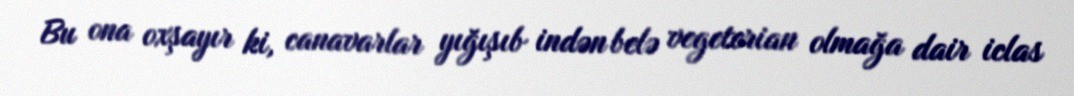
Bu ona oxşayır ki, canavarlar yığışıb indən belə vegeterian olmağa dair iclas